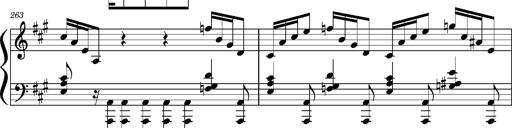
Title: Concerto sans orchestre, S.524a
Composer: Franz Liszt
Key: A major